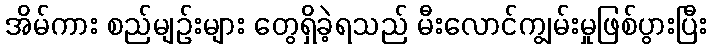
အိမ်ကား စည်မျဉ်းများ တွေရှိခဲ့ရသည် မီးလောင်ကျွမ်းမှုဖြစ်ပွားပြီး